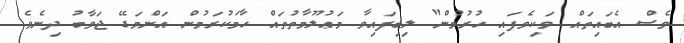
ވެސް އެބައިތައް ވަކިވެފައި ހުރުމުން" ލިބިފައިވާ މަޢުލޫމާތުތައް ހާމަކުރަމުން އަންމަޑޭ ޖަވާބު ދިނެވެ.